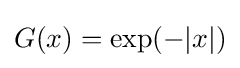
G(x)=\exp(-|x|)